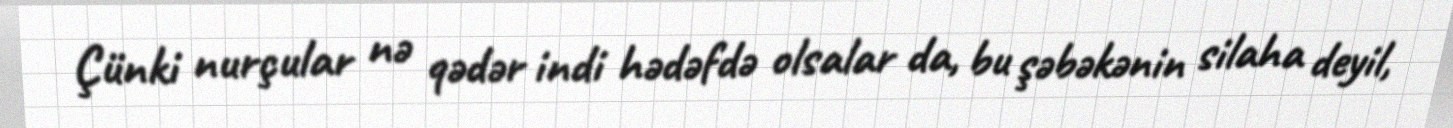
Çünki nurçular nə qədər indi hədəfdə olsalar da, bu şəbəkənin silaha deyil,